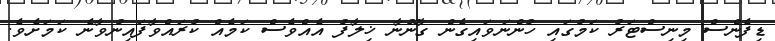
ޑިފެންސް މިނިސްޓަރު ކަމުގައި ހުންނަވައިގެން ގާނޫނާ ޚިލާފު އެއްވެސް ކަމެއް ކުރައްވާފައިނުވާނެ ކަމަށެވެ.